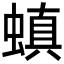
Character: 𮔪